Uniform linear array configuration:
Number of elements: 32
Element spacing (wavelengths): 0.75
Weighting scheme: blackman
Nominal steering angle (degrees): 15
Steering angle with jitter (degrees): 16.332
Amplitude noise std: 0.05
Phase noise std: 0.05

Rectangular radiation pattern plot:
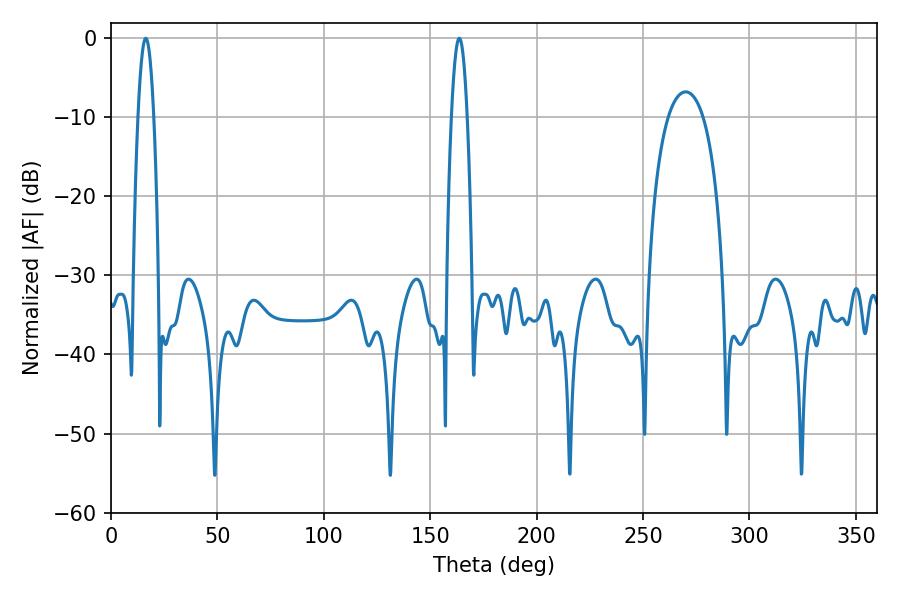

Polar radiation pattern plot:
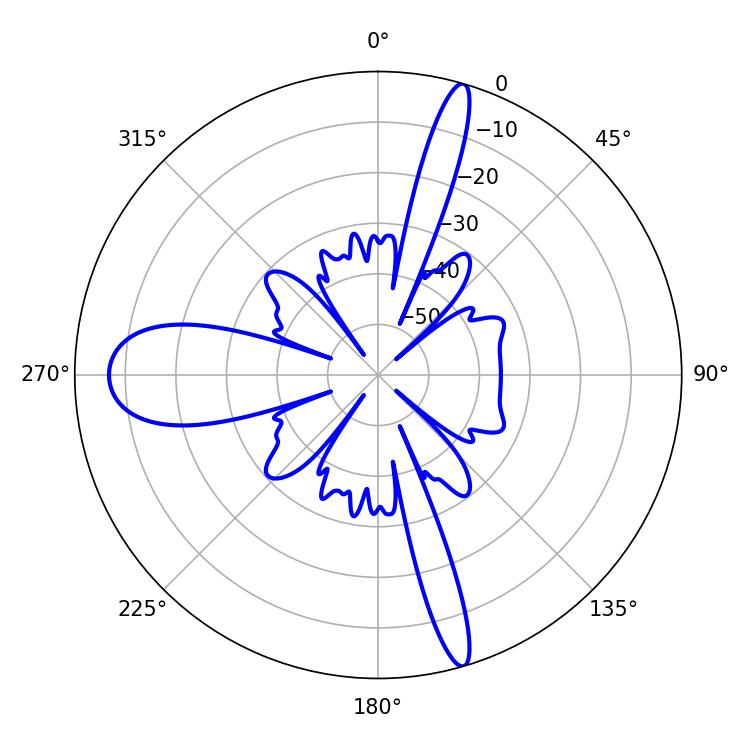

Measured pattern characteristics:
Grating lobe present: TRUE
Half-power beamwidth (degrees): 3.96
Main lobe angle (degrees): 16.38